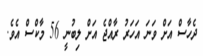
ދެހާސް އަށް ވަނަ އަހަރު ރާއްޖެ އަށް ލިބުނީ 56 މާކްސް އެވެ.